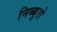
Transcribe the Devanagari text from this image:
निब्बुतो